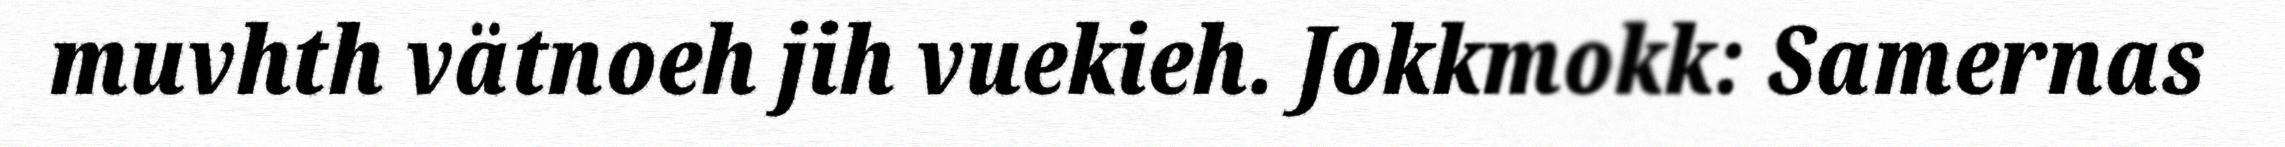
muvhth vätnoeh jih vuekieh. Jokkmokk: Samernas